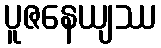
ပူဇနေယျဿ